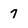
Character: 7